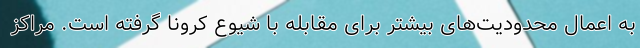
به اعمال محدودیت‌های بیشتر برای مقابله با شیوع کرونا گرفته است. مراکز